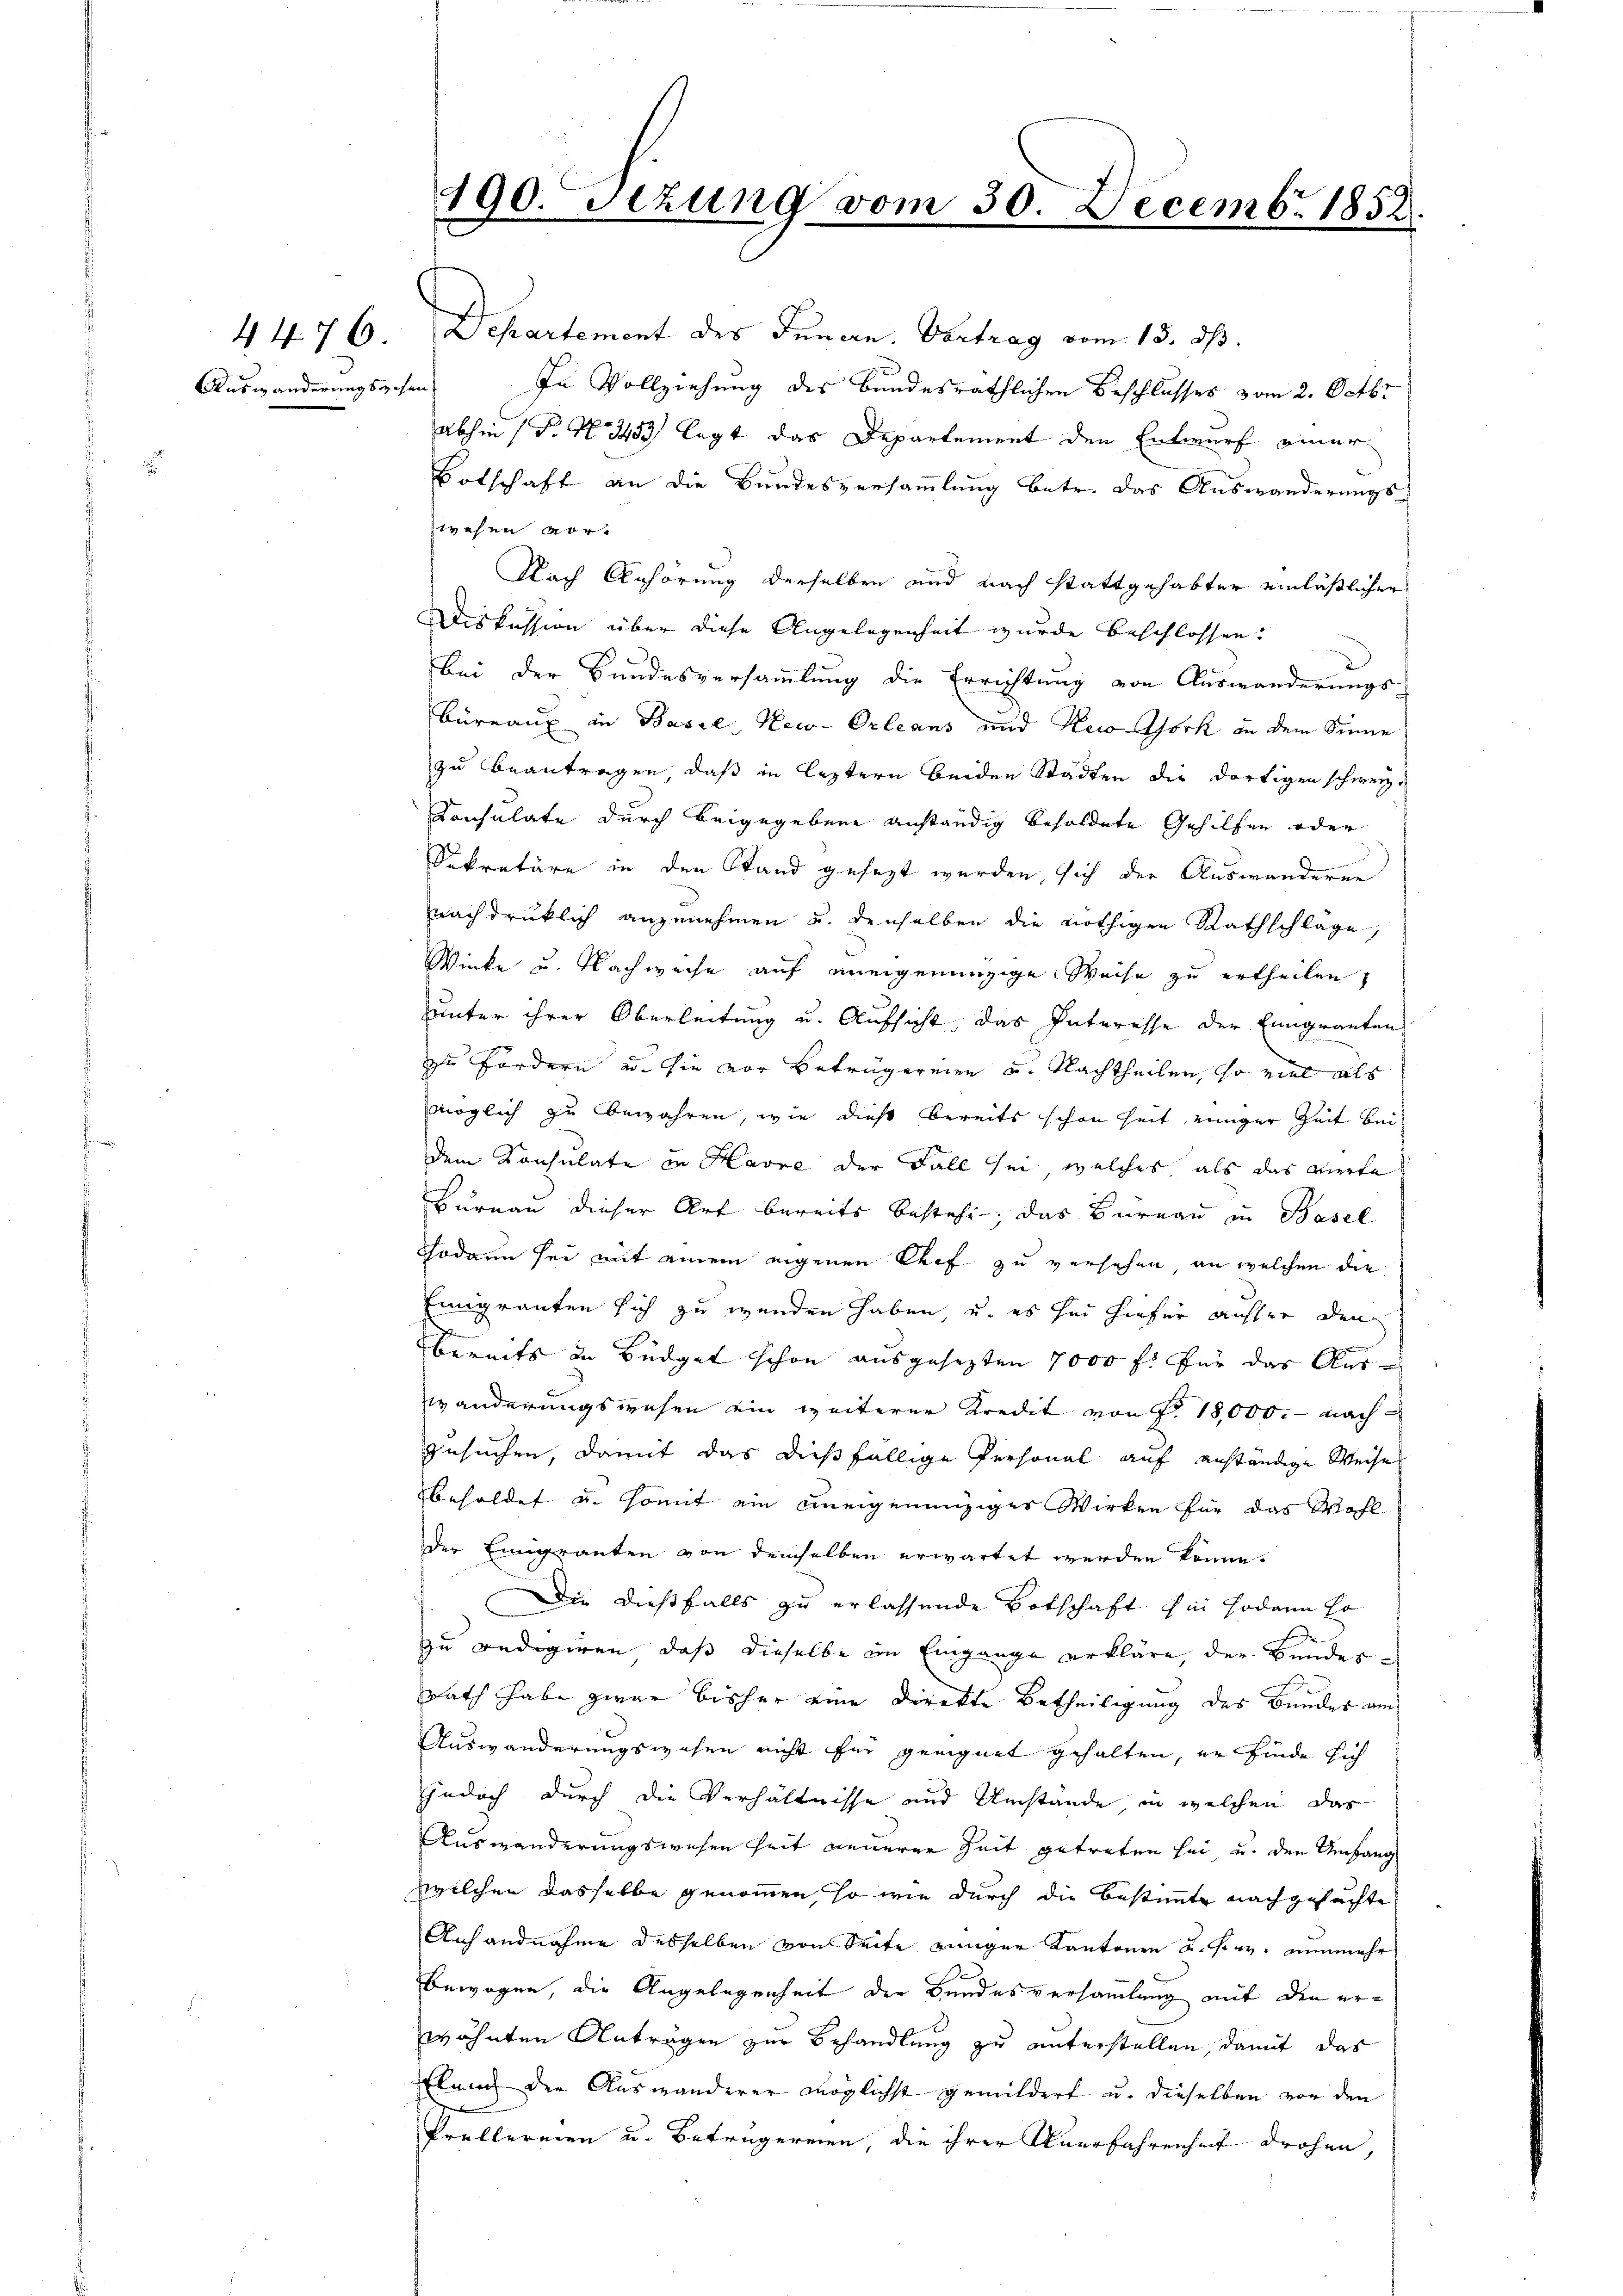
Auswänderungsgehen

190. Setzung vom 30. Decemb. 1858.

4476 Departement des Innern. Vertrag vom 13. ds.
In Vollziehung des Bundesräthlichen Beschlusses vom 2. Octbr.
abhin (T. N. 3453 legt das Departement den Entwurf einer
Botschaft an die Bundesversammlung betr. das Auswanderungs-
zwesen vor
Nach Anhörung derselben und nach stattgehabter einläßlicher
Diskussion über diese Angelegenheit wurde beschlossen:
bei der Bundesversammlung die Errichtung von Auswanderungs-
Büreaux in Basel, New-Orleans und New-York in dem Sinne
zu beantragen, daß in leztern beiden Städten die dortigen schweiz.
Konsulate durch beigegebene anständig besoldete Gehilfen oder
Sekretäre in den Stand gesezt werden, sich der Auswanderen
nachdrüklich anzunehmen u. denselben die nöthigen Rathschlage,
Winke u. Nachweise auf aneigenanzige Weise zu ertheilen,
uunter ihrer Oberleitung u. Aufsicht, das Interesse der Eingranten
zu Fordern u. sie vor Betrügereien u. Nachtheilen, so viel als
möglich zu bewahren, wie dies bereits schon heit einiger Zeit bei
dem Konsulate in Havre der Fall sei, welches als das vierte
Hurnau dieser Art bereits bestehe, das Bureau in Basel
Sodann sei mit einem eigenen Chef zu versehen, an welchen die
Einigranten sich zu wenden haben, u. es sei hiefür ausser den
bereits in Büdget schon ausgesezten 7000 f. für das Auswänderungswesen ein weiterer Kredit von Fr. 18,000. - nach
gesuchen, damit das dießfällige Personal auf anständige Weise
behaldet u. somit ein uneigenunziger Wirken für das Wohl
der Emigranten von demselben erwartet werden könne.
Die dießfalls zu erlassende Botschaft hin sodann so
zu redigiren, daß dieselbe in Eingange erkläre, der Bundes¬
Rath habe zwar bisher eine Direkte Betheiligung des Bundes am
Auswanderungswesen nicht für geeignet gehalten, er finde sich
jedoch durch die Verhältnisse und Umstände in welchen das
Auswanderungswesen Zeit neuerer Zeit getreten sei u. den Umfang
welchen dasselbe genommen, so wie durch die Bestimmt nachgesuchte
Anhandnahme desselben von Seite einiger Kantonen u. s. w. nunmehr
bewogen, die Angelegenheit der Bundesversammlung mit den erwähnten Anträgen zur Behandlung zu unterstellen, damit das
Elend der Auswanderer möglichst gemildert u. dieselben vor den
Prellereien u. Betrugereien, die ihrer Unerfahrenheit drohen,